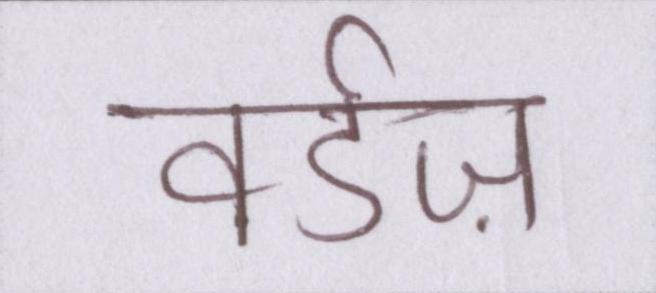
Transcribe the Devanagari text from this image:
वर्डज़